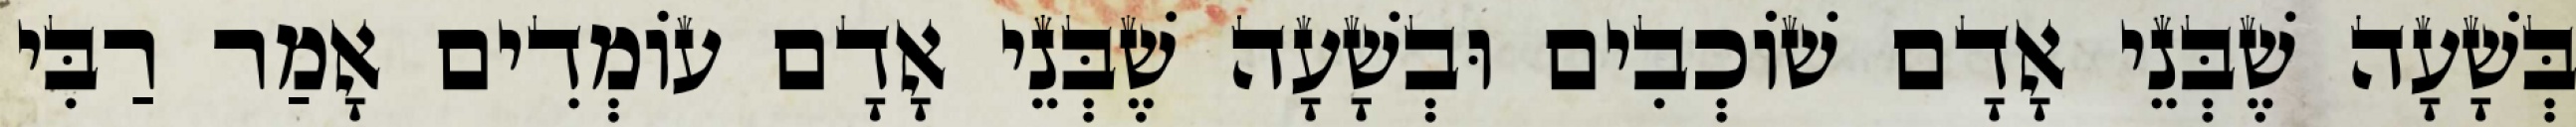
בְּשָׁעָה שֶׁבְּנֵי אָדָם שׁוֹכְבִים וּבְשָׁעָה שֶׁבְּנֵי אָדָם עוֹמְדִים אָמַר רַבִּי